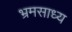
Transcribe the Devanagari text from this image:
भ्रमसाध्य